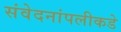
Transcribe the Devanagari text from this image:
संवेदनांपलीकडे